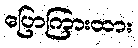
ပြောကြားထား